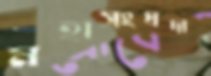
মহাসংঘদান